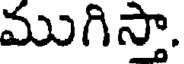
ముగిస్తా.